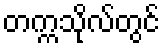
တက္ကသိုလ်တွင်